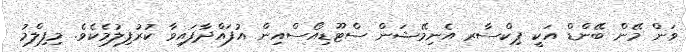
ވަން މޭން ބޭންޑް އަކީ ޕިކްސާރ އެނިމޭޝަން ސްޓޫޑިއޯސްއިން އުފައްދާފައިވާ ކުރުފިލުމެކެވެ. މިފިލްމު